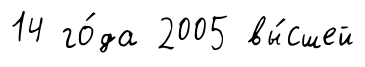
14 го́да 2005 вы́сшей